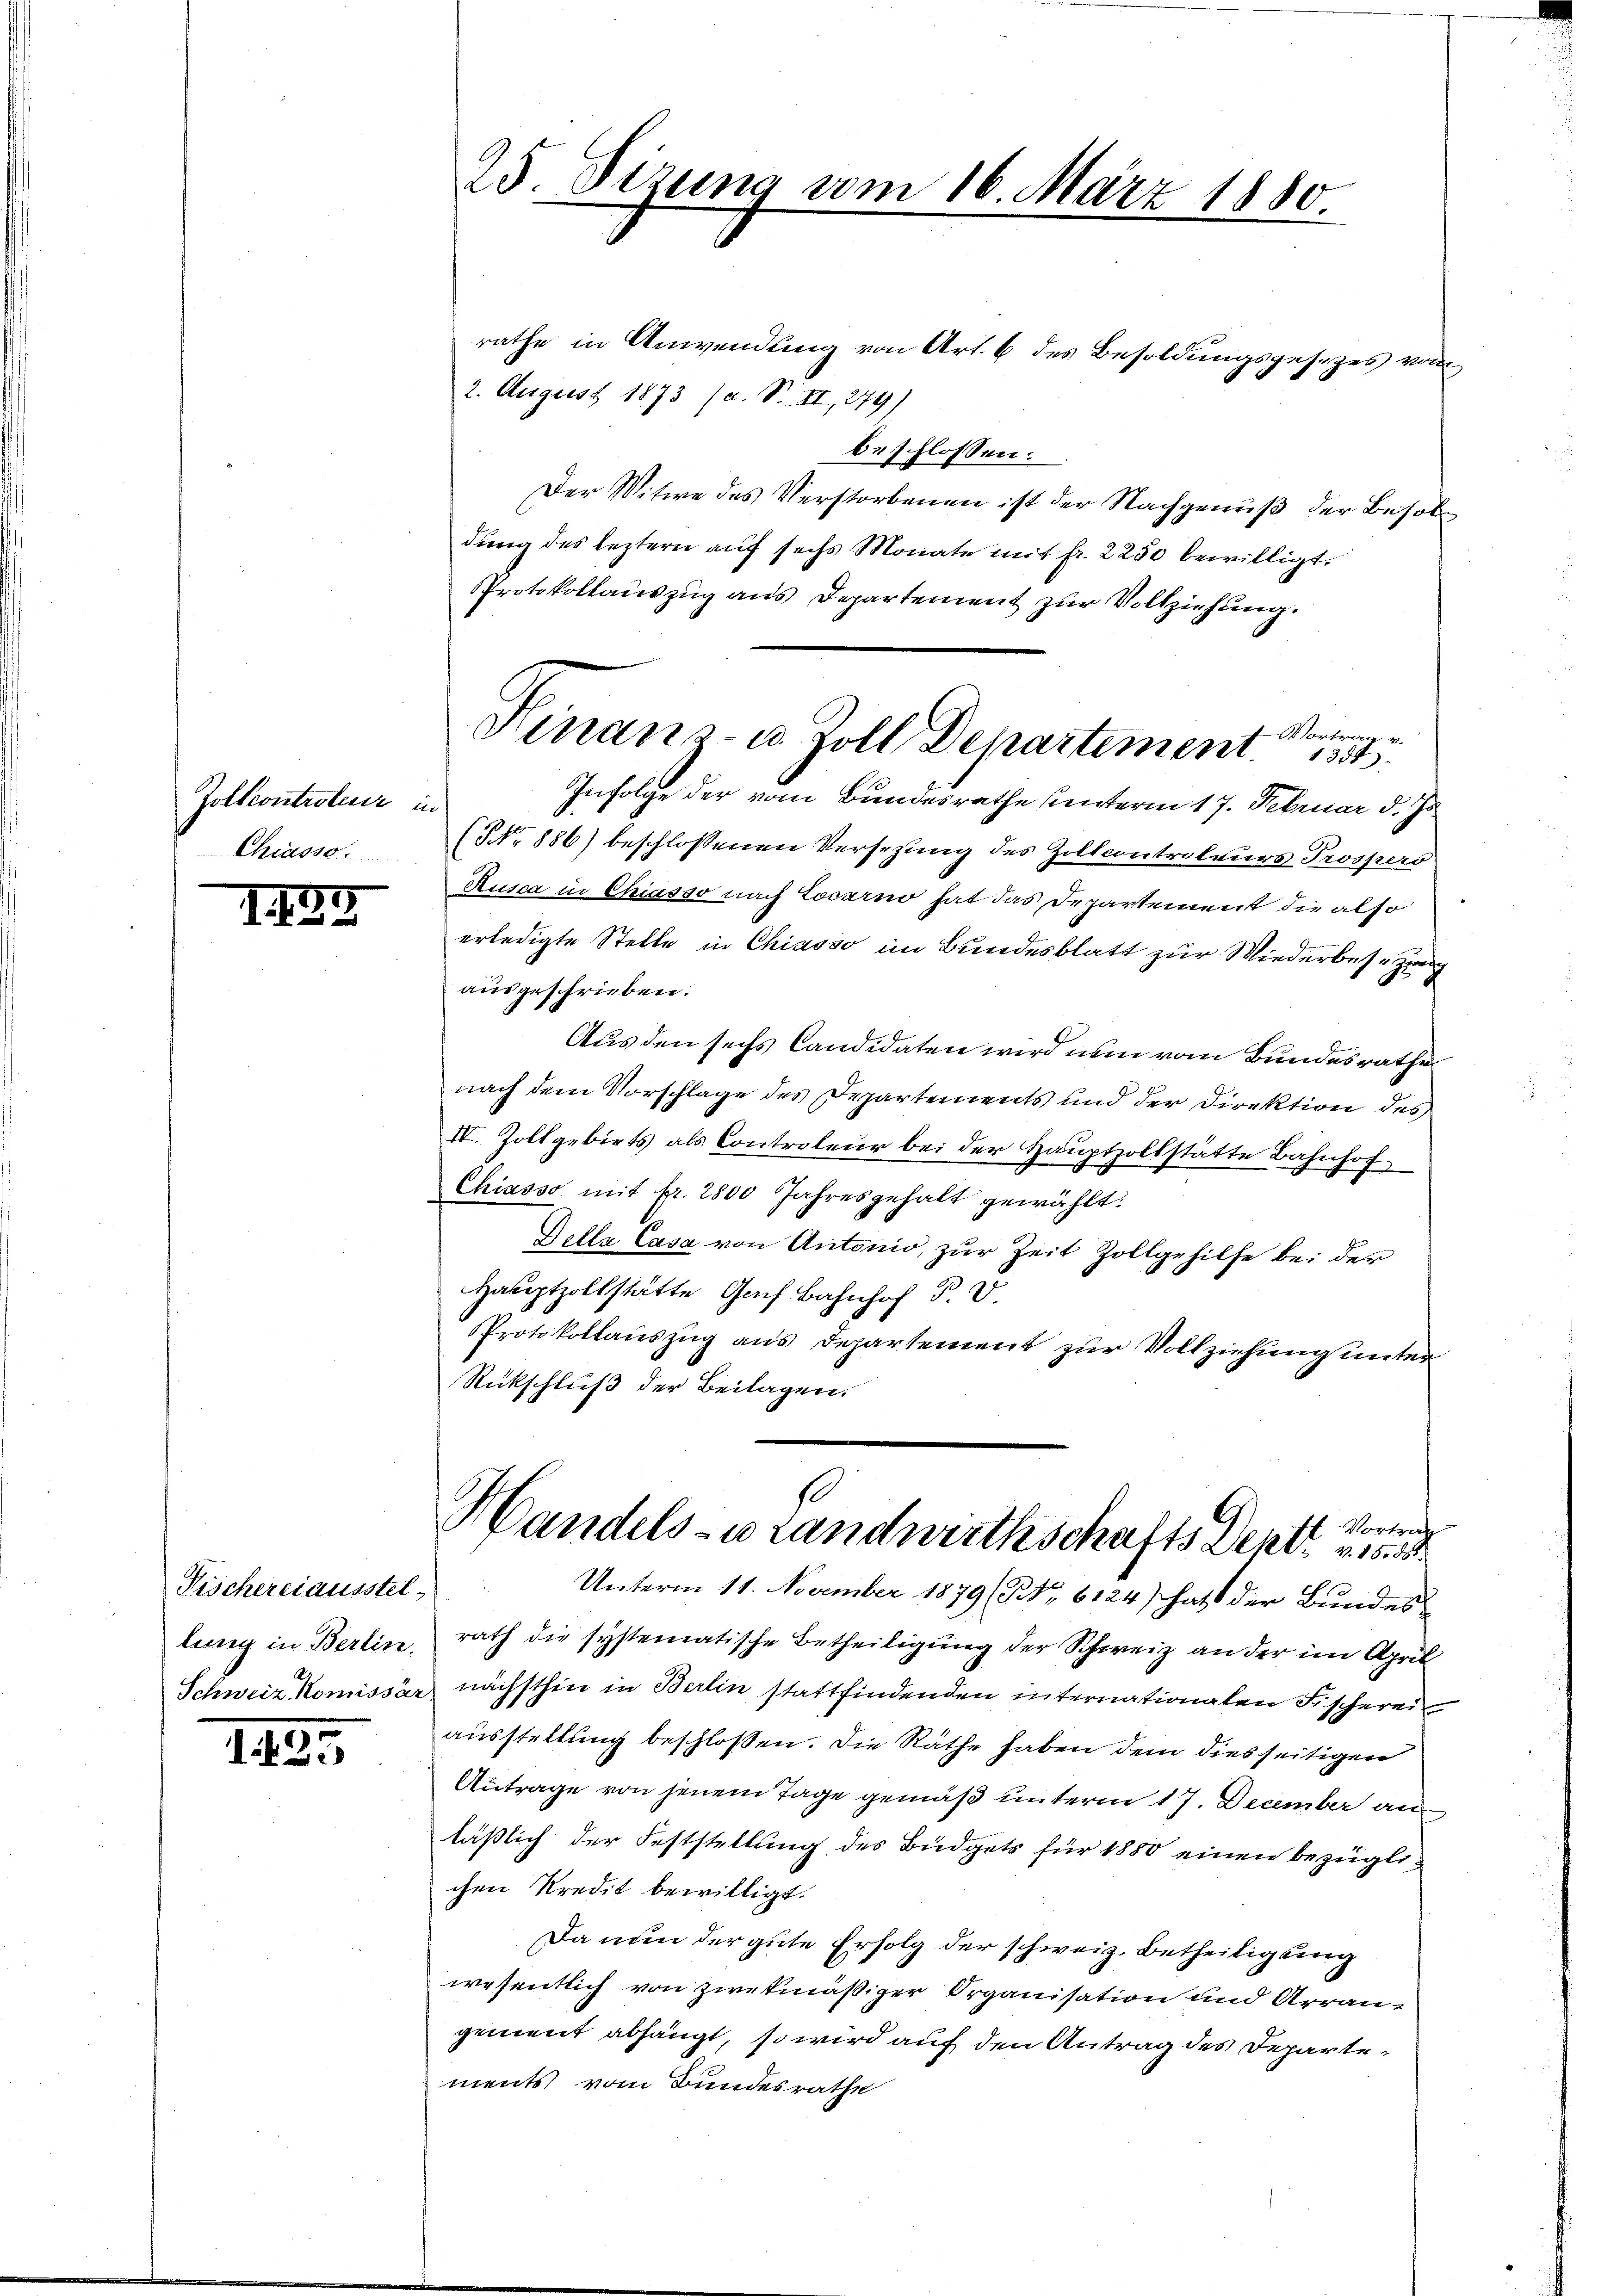
Zoltcontroleur in
Chiasso.

1139

Fischereiausstel-
lung in Berlin.

182

rathe in Anwendung von Art. 6 des Besoldungsgesezes vom
2. August 1873 (a. S. II, 279)
beschlossen:
Der Witwe des Verstorbenen ist der Nachgenuß der Besoldung des leztern auf sechs Monate mit fr. 2250 bewilligt.
Protokollauszug aus Departement zur Vollziehung.
-Vortrag u.
Infolge der vom Bundesrathe unterm 17. Februar d. Js.
(NNo 886) beschlossenen Versezung des Zoltcontroleurs Prospers
Rusca in Chiasso nach Locarno hat das Departement die also
erledigte Stelle in Chiasso im Bundesblatt zur Wiederbesezung
ausgeschrieben.
Aus den sechs Candidaten wird nun vom Bundesrathes
nach dem Vorschlage des Departements und der Direktion des
IV. Zollgebiets als Controleur bei der Hauptzollstätte Bahnhof
Chiasso mit fr. 2800 Jahresgehalt gewählt:
Delle Casa von Antonio, zur Zeit Zollgehilfe bei der
Hauptzollstätte Gach Bahnhof P. V.
Protokollauszug aus Departement zur Vollziehung unter
Rückschluß der Beilagen.

25 Sizung vom 16. März 1880

Hinanz- u. Zoll Departement

so
ff Vortrag
Handels- u Landwirthschafts Dent. 15.

Unterm 11. November 1879 (Nr. 6124) hatt der Bundes
rath die systematische Betheiligung der Schweiz an der im April
Schweiz. Komissär nächsthin in Berlin stattfindenden internationalen Fischerei
ausstellung beschlossen. Die Räthe haben dem dies seitigen
Antrage von jenem Tage gemäß unterm 17. December an
läßlich der Feststellung des Büdgets für 1880 einen bezüglichen Kredit bewilligt.
Da nun der gute Erfolg der schweiz. Betheiligung
wesentlich von zwekmäßiger Organisation und Arran-
gement abhängt, so wird auf den Antrag des Departements vom Bundesrathe